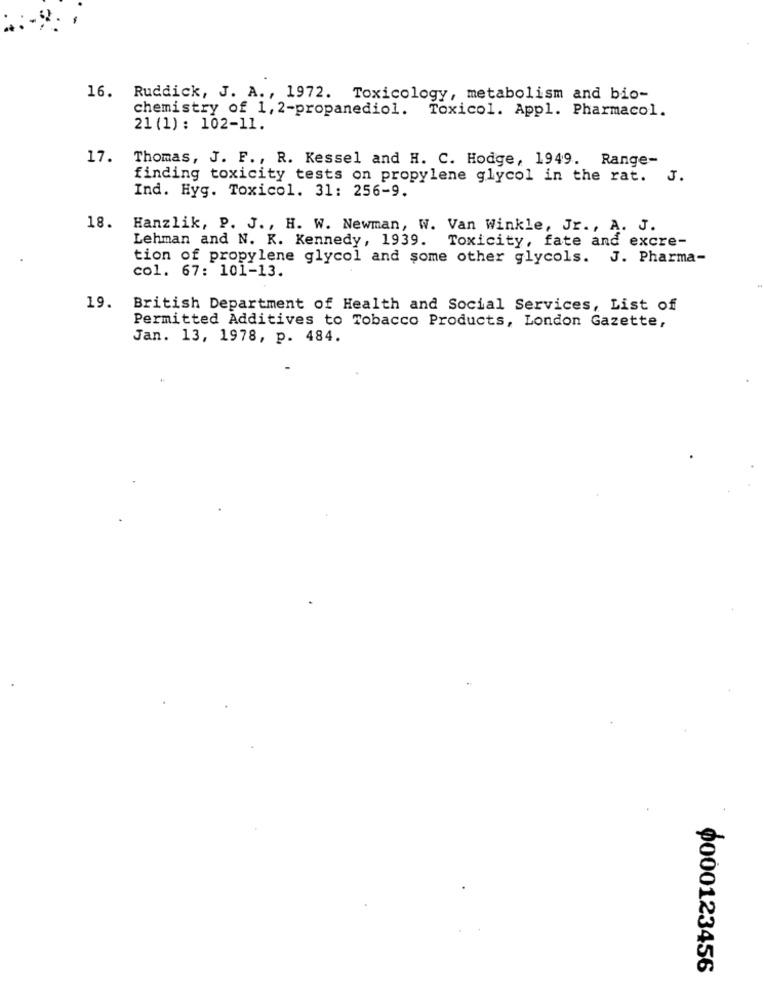
16. Ruddick, J. A ., 1972. Toxicology, metabolism and bio-
chemistry of 1, 2-propanediol. Toxicol. Appl. Pharmacol.
21 (1) : 102-11.
17.
Thomas, J. F ., R. Kessel and H. C. Hodge, 1949. Range-
finding toxicity tests on propylene glycol in the rat. J.
Ind. Hyg. Toxicol. 31: 256-9.
18.
Hanzlik, P. J ., H. W. Newman, W. Van Winkle, Jr ., A. J.
Lehman and N. K. Kennedy, 1939. Toxicity, fate and excre-
tion of propylene glycol and some other glycols. J. Pharma-
col. 67: 101-13.
19. British Department of Health and Social Services, List of
Permitted Additives to Tobacco Products, London Gazette,
Jan. 13, 1978, p. 484.
¥000123456